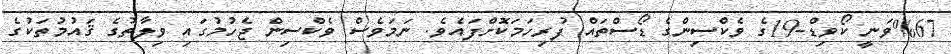
%67ވަނީ ކޯވިޑް-19ގެ ވެކްސިންގެ ޑޯސްތައް ފުރިހަމަކޮށްފައެވެ. ނަމަވެސް ވެކްސިން ޖެހުމުގައި ވިލާތުގެ ޤައުމުތަކުގެ